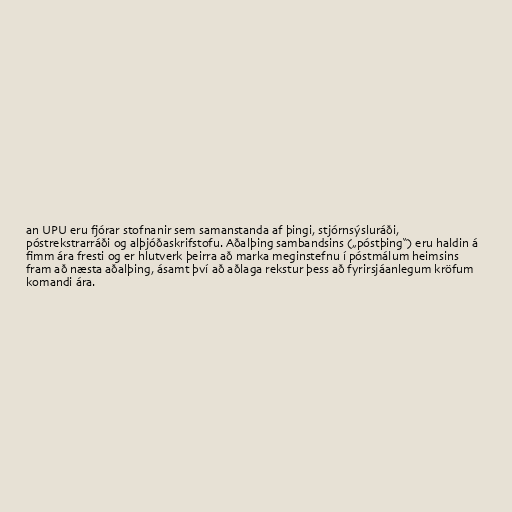
an UPU eru fjórar stofnanir sem samanstanda af þingi, stjórnsýsluráði,
póstrekstrarráði og alþjóðaskrifstofu. Aðalþing sambandsins („póstþing“) eru haldin á
fimm ára fresti og er hlutverk þeirra að marka meginstefnu í póstmálum heimsins
fram að næsta aðalþing, ásamt því að aðlaga rekstur þess að fyrirsjáanlegum kröfum
komandi ára.